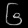
Digit: ၆